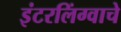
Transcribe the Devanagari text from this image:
इंटरलिंग्वाचे